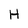
Character: H